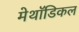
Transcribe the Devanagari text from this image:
मेथॉडिकल